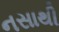
નસાથી